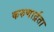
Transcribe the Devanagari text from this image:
करुणार्द्रता